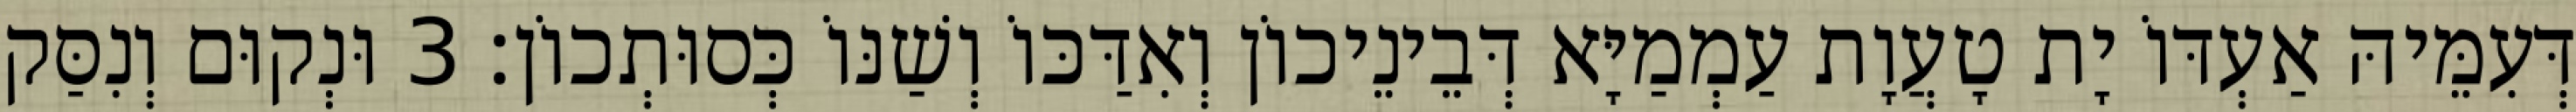
דְּעִמֵּיהּ אַעְדּוֹ יָת טָעֲוָת עַמְמַיָּא דְּבֵינֵיכוֹן וְאִדַּכּוֹ וְשַׁנּוֹ כְּסוּתְכוֹן׃ 3 וּנְקוּם וְנִסַּק